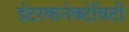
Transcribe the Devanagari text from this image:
इंटरकनेक्टेविटी